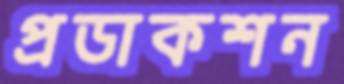
প্রডাকশন